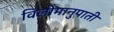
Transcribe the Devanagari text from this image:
विलोमानुपाती